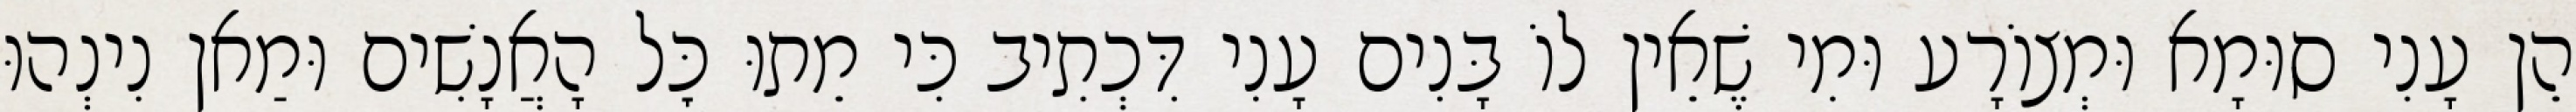
הֵן עָנִי סוּמָא וּמְצוֹרָע וּמִי שֶׁאֵין לוֹ בָּנִים עָנִי דִּכְתִיב כִּי מֵתוּ כׇּל הָאֲנָשִׁים וּמַאן נִינְהוּ